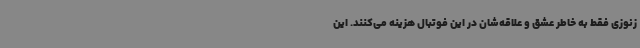
زنوزی فقط به خاطر عشق و علاقه‌شان در این فوتبال هزینه می‌کنند. این